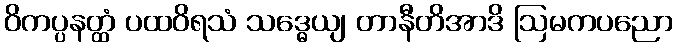
ဝိကပ္ပနတ္ထံ ပထဝိရသံ သဒ္ဓေယျ တာနီတိအာဒိ ဩမကပညော